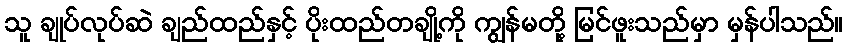
သူ ချုပ်လုပ်ဆဲ ချည်ထည်နှင့် ပိုးထည်တချို့ကို ကျွန်မတို့ မြင်ဖူးသည်မှာ မှန်ပါသည်။